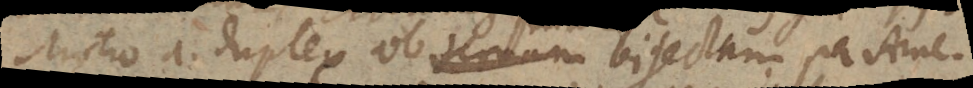
Motio a. duplex ob terram bisectum per Ame-